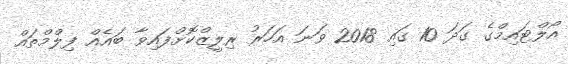
އޯލްޓައިމްގެ ގަދަ 10 ގައި 2018 ވަނަ އަހަރު ރިލީޒްކޮށްފައިވާ ބައެއް ފިލްމްތައް